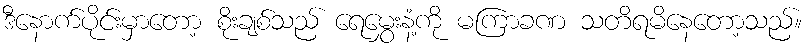
ဒီနောက်ပိုင်းမှာတော့ စိုးချစ်သည် ရေမွှေးနံ့ကို မကြာခဏ သတိရမိနေတော့သည်။